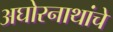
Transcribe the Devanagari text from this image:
अघोरनाथांचे